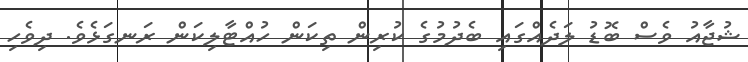
ޝުޖާއު ވެސް ބޮޑު ލަދެއްގައި ބެދުމުގެ ކުރިން ތިކަން ހުއްޓާލިކަން ރަނގަޅެވެ. ދިވެހި